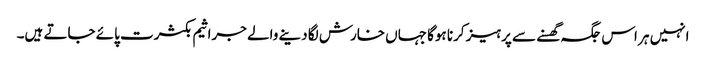
انہیں ہر اس جگہ گھسنے سے پرہیز کرنا ہوگا جہاں خارش لگا دینے والے جراثیم بکثرت پائے جاتے ہیں۔